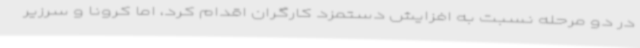
در دو مرحله نسبت به افزایش دستمزد کارگران اقدام کرد، اما کرونا و سرزیر